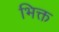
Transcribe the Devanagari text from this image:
भिक्त